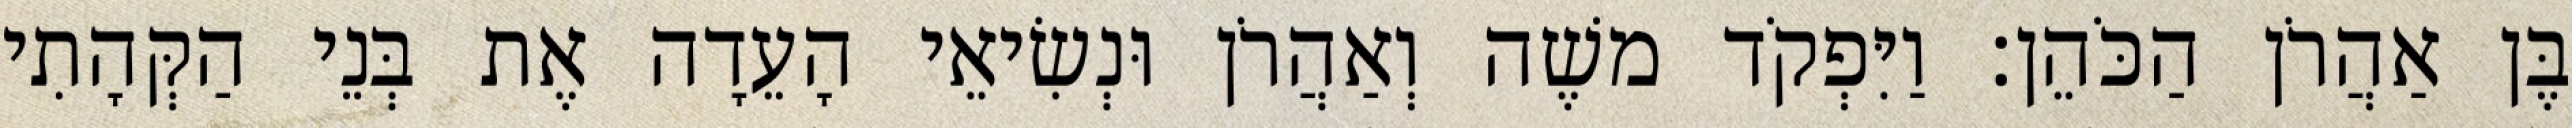
בֶּן אַהֲרֹן הַכֹּהֵן׃ וַיִּפְקֹד משֶׁה וְאַהֲרֹן וּנְשִׂיאֵי הָעֵדָה אֶת בְּנֵי הַקְּהָתִי